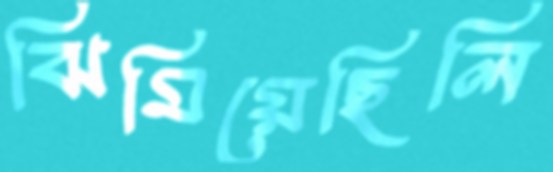
ঝিমিয়েছিলি